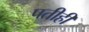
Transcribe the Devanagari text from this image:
पतीही